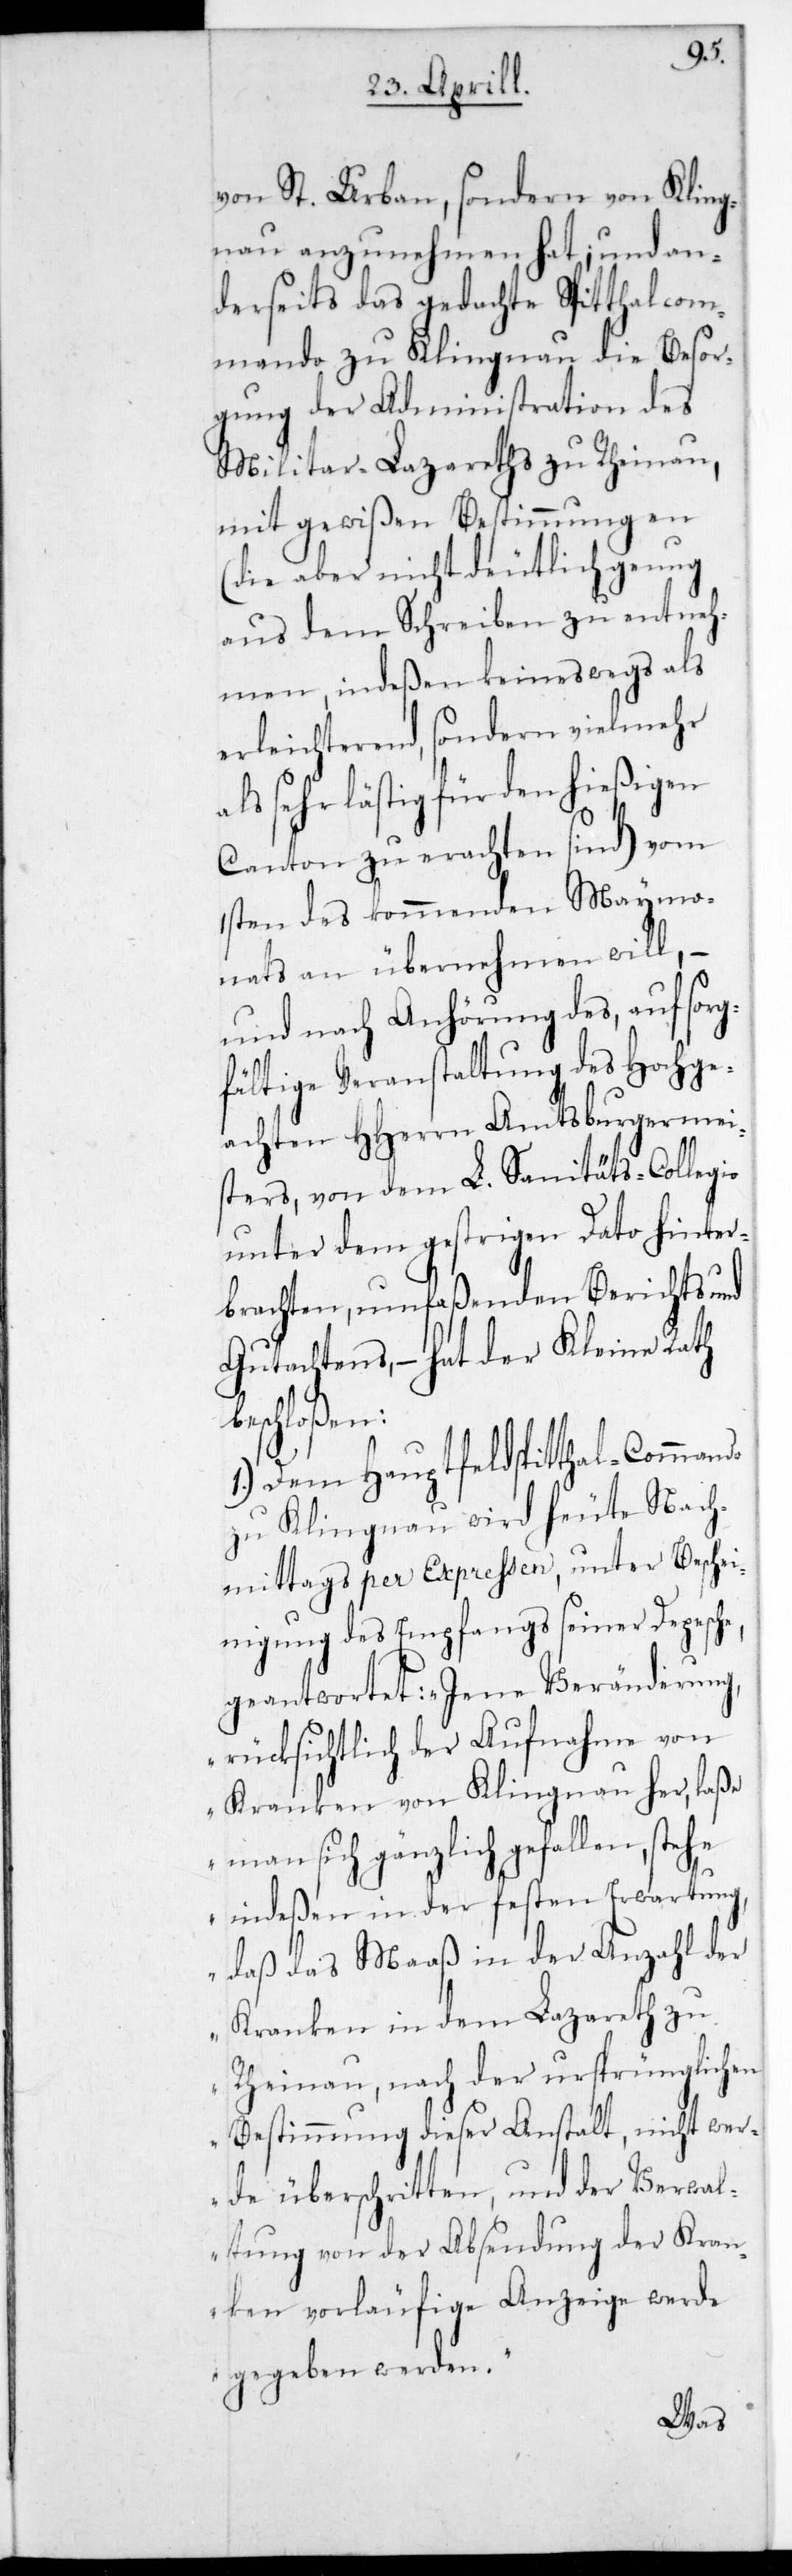
e,
von St. Urban, sondern von Kling¬
nau anzunehmen hat, und an¬
derseits das gedachte Spitthalcom¬
mando zu Klingnau die Besor¬
gung der Administration des
Militär-Lazareths zu Rheinau,
mit gewißen Bestimmungen
(die aber nicht deutlich genug
aus dem Schreiben zu entneh¬
men, indeßen keineswegs als
erleichterend, sondern vielmehr
als sehr lästig für den hießigen
Canton zu erachten sind) vom
1sten des kommenden Maymo¬
nats an übernehmen will, –
und nach Anhörung des, auf sorg¬
fältige Veranstaltung des hochge¬
achten HHerrn Amtsburgermei¬
sters, von dem L. Sanitäts-Collegio
unter dem gestrigen Dato hinter¬
brachten, umfaßenden Berichts und
Gutachtens, – hat der Kleine Rath
eschloßen:
1.) Dem Hauptfeldspitthal-Commando
Klingnau wird heute Nach¬
mittags per Expressen, unter Beschei¬
nigung des Empfangs seiner Depesch¬
geantwortet: „Jene Veränderung,
rücksichtlich der Aufnahme von
Kranken von Klingnau her, laße
man sich gänzlich gefallen, stehe
indeßen in der festen Erwartung,
daß das Maaß in der Anzahl der
Kranken in dem Lazareth zu
Rheinau, nach der ursprünglichen
Bestimmung dieser Anstalt, nicht wer¬
de überschritten, und der Verwal¬
tung von der Absendung der Kran¬
ken vorläufige Anzeige werde
gegeben werden.